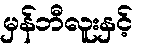
မှန်ဘီလူးနှင့်